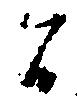
間